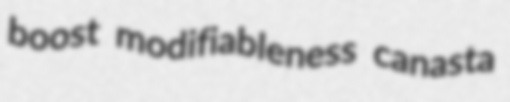
boost modifiableness canasta